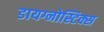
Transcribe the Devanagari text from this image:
डायग्नोस्टिक्स